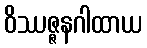
ဝိဿဇ္ဇနဂါထာယ